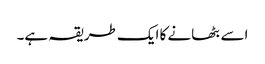
اسے بٹھانے کا ایک طریقہ ہے۔